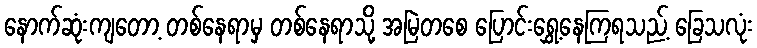
နောက်ဆုံးကျတော့ တစ်နေရာမှ တစ်နေရာသို့ အမြဲတစေ ပြောင်းရွှေ့နေကြရသည့် ခြေသလုံး